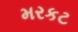
મરકટ